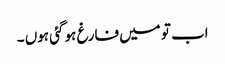
اب تو میں فارغ ہو گئی ہوں ۔